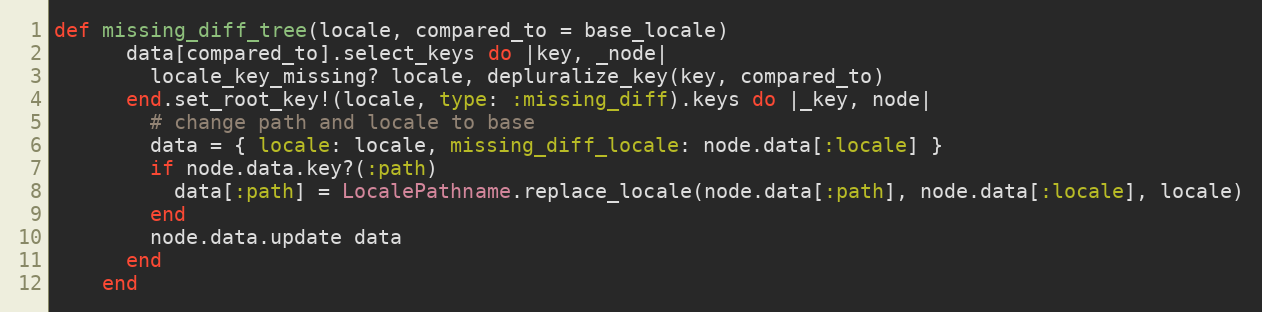
Language: Ruby
def missing_diff_tree(locale, compared_to = base_locale)
      data[compared_to].select_keys do |key, _node|
        locale_key_missing? locale, depluralize_key(key, compared_to)
      end.set_root_key!(locale, type: :missing_diff).keys do |_key, node|
        # change path and locale to base
        data = { locale: locale, missing_diff_locale: node.data[:locale] }
        if node.data.key?(:path)
          data[:path] = LocalePathname.replace_locale(node.data[:path], node.data[:locale], locale)
        end
        node.data.update data
      end
    end